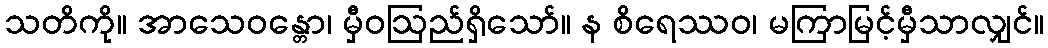
သတိကို။ အာသေဝန္တော၊ မှီဝဩည်ရှိသော်။ န စိရေဿဝ၊ မကြာမြင့်မှီသာလျှင်။